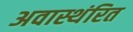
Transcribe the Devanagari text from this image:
अवास्थंरित